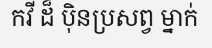
កវី ដ៏ ប៉ិនប្រសព្វ ម្នាក់